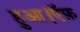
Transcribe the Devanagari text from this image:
हुआ।ऍफ़